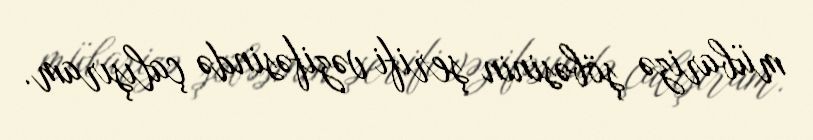
mübarizə şöbəsinin şerifi vəzifəsində çalışıram.